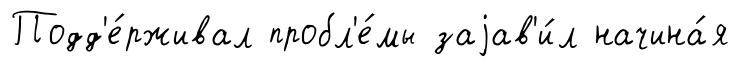
Подд'е́рживал пробл'е́мы заjав'и́л начина́я